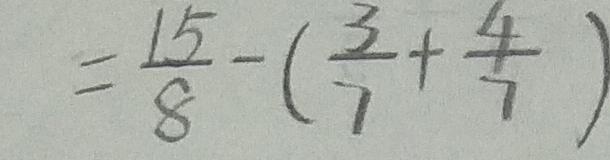
= \frac { 1 5 } { 8 } - ( \frac { 3 } { 7 } + \frac { 4 } { 7 } )